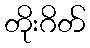
တိုးဂိတ်